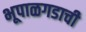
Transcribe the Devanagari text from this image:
भूपाळगडाची